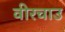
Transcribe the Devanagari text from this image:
वीरचाउ